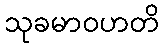
သုခမာဝဟတိ